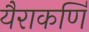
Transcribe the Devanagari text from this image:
यैराकर्णि